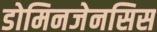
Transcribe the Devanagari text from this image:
डोमिनजेनसिस